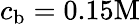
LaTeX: c_{\mathrm{b}}=0.15\mathrm{M}